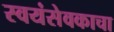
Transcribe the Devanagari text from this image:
स्वयंसेवकाचा